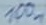
Text: 100n